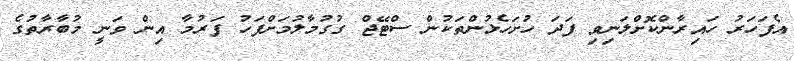
އެފަހަރު ހައިރާންކޮށްލަނިވި ފަދަ ހުށަހެޅުންތަކުން ސްޓޭޖް ގުގުމާލުމަށްފަހު ފަރުމާ އިން ވަނީ މުބާރާތުގެ